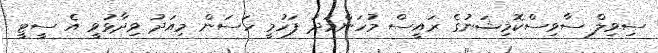
ސިވިލް ސާވިސްކޮމިޝަނުގެ ރައީސް މުހަންމަދު ފަހުމީ ހަސަން މިއަދު ވިދާޅުވީ އެ ސީޓީ